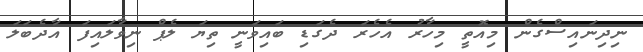
ނިދިނައިސްގެން މިއޮތީ މިހާރު އެހެރަ ދެގަޑި ބައިވަނީ ތިޔަ ލެޕް ނިވާލައިފަ އާދެބަލަ